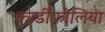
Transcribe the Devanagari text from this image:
कार्डीफोलिया